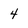
Character: 4